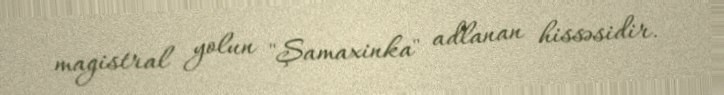
magistral yolun "Şamaxinka" adlanan hissəsidir.